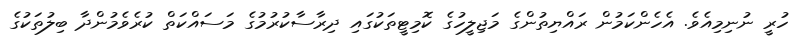
ހުރީ ނުނިމިއެވެ. އެހެންކަމުން ރައްޔިތުންގެ މަޖިލީހުގެ ކޮމިޓީތަކުގައި ދިރާސާކުރުމުގެ މަސައްކަތް ކުރެވެމުންދާ ބިލުތަކުގެ